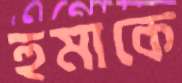
হুমাকে